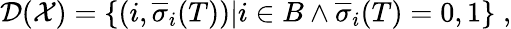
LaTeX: \mathcal{D}(\mathcal{X})=\{ (i,\overline{{\sigma}}_{i}(T))|i\in B\land\overline{{\sigma}}_{i}(T)=0,1\} \; ,